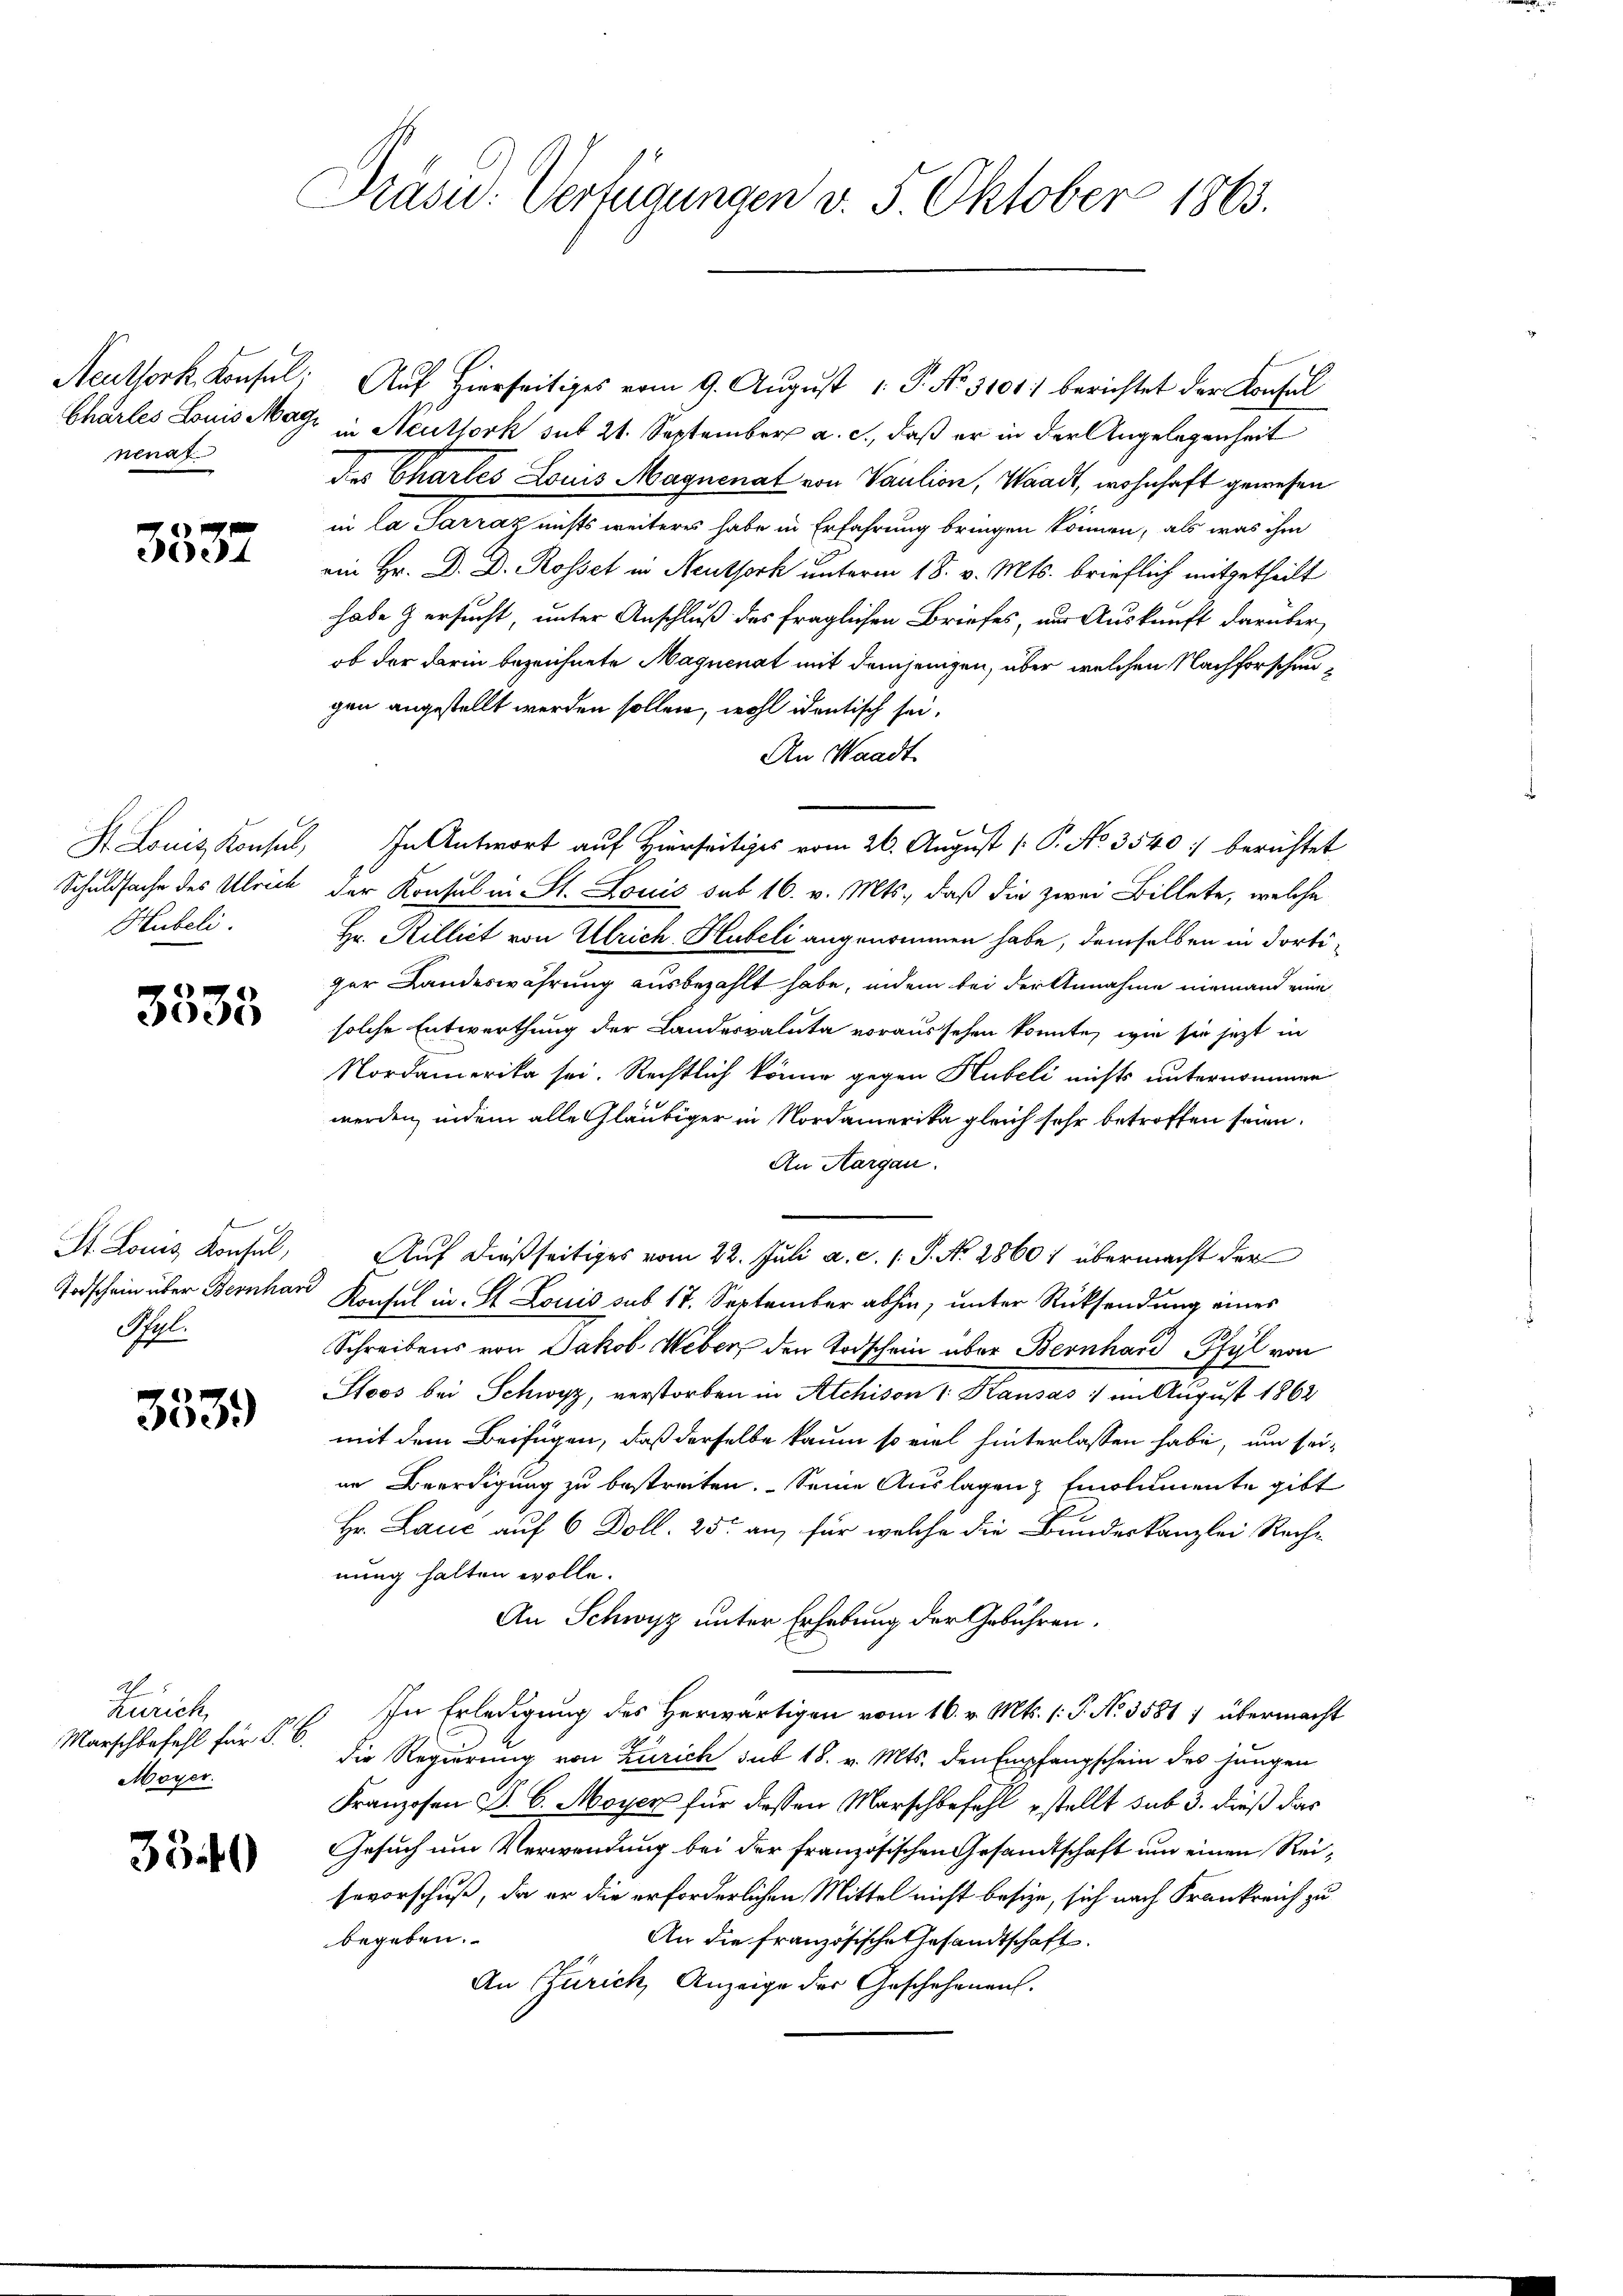
nenat

3337

Hubeli.

3333

St. Louis Konsul,
Rol.

353.

Ah.
Zürich,
Marschbefehl für P. C.
Moyer.

3340

Präsid. Verfügungen v. 5. Oktober 1863.

Neuthork, Konsul: Auf hierseitiges vom 9. August 1 P. Nr. 3101) berichtet der Konsul
Charles Louis Mayr in Neuthork sit 21. September a. c., daß er in der Angelegenheit
des Chartes Louis Magnenat von Paulion, Waadt, wohnhaft gewesen
in la Sarraz nichts weiteres habe in Erfahrung bringen können, als was ihm
ein Hr. D. D. Rossel in Neuthork unterm 18. v. Mts. brieflich mitgetheilt
habe ersucht, unter Anschluß des fraglichen Briefes, nur Auskunft darüber
ob der darin bezeichnete Magnenat mit demjenigen, über welchen Nachforschengen angestellt werden sollen, wohl identisch sei,
An Waadt
H. Louis Konsul, In Antwort auf Hierseits vom 26. August [P. No 3540 :/ berichtet
Schuldsache des Ulrich der Konsul in St. Louis sub 16. v. Mts., daß die zwei Billete, welche
Hr. Rillict von Ulrich Hubeli angenommen habe, demselben in dortiger Landeswährung ausbezahlt habe, indem bei der Annahme niemand eine
solche Entwerthung der Landervaluta voraussehen könnte, wie sie jetzt in
Nordamerika sei. Rechtlich könne gegen Hubeli nichts unternommen
werden, indem alle Gläubiger in Nordamerika gleich sehr betroffen seien.
An Aargau.
Auf dießseitiges vom 22. Juli a. c. s. S. No 2860) übermacht der
Todschein über Bernhard Konsul in St. Louis sub 17. September abhin, unter Rücksendung eines
Schreibens von Jakob Weber, den Todschein über Bernhard Pfyl von
Stoos bei Schwyz, verstorben in Atchison 1. Kausas : im August 1862
mit dem Beifügen, daß derselbe kaum so viel hinterlassen habe, um seiin Beerdigung zu bestraten. Seine Auslagen Emolumente gibt
Hr. Lauc auf 6 Doll. 25t an, für welche die Bundeskanzlei Rechnung halten wolle.
An Schwyz unter Erhebung der Gebühren.
In Erledigung des Herwärtigen vom 16. v. Mts. (T. No. 3581 1 übermacht
die Regierung von Zürich sub 18. v. Mts. den Empfangschein des jungen
Franzosen S. 6. Moyer für dessen Marschbefehl estellt sub 3. dieß das
Gesuch um Verwendung bei der französischen Gesandtschaft um einen Reibevorschuß, da er die erforderlichen Mittel nicht besize, sich nach Frankreich zu
An die französische Gesandtschaft.
begeben.
An Zürich, Anzeige der Geschehenens.